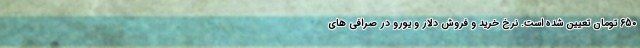
650 تومان تعیین شده است. نرخ خرید و فروش دلار و یورو در صرافی های